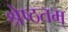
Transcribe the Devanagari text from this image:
श्रेष्ठतम्